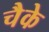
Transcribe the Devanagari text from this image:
चैके